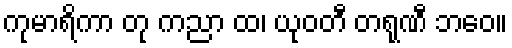
ကုမာရိကာ တု ကညာ ထ၊ ယုဝတီ တရုဏီ ဘဝေ။